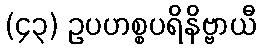
(၄၃) ဥပဟစ္စပရိနိဗ္ဗာယီ